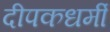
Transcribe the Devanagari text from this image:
दीपकधर्मी